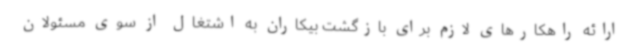
ارائه راهکارهای لازم برای بازگشت بیکاران به اشتغال از سوی مسئولان